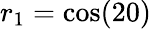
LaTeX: r_{1}=\textrm{cos}(20)